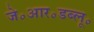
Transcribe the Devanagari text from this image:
जे॰आर॰डब्लू॰